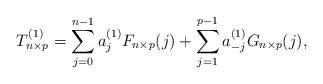
LaTeX: \begin{align*}T^{(1)}_{n \times p}= \sum_{j=0}^{n-1} a^{(1)}_{j} F_{n \times p}{(j)} + \sum_{j=1}^{p-1} a^{(1)}_{-j} G_{n \times p}{(j)},\end{align*}